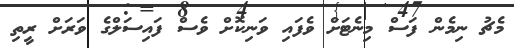
މެޗު ނިމެން ފަސް މިނެޓަށް ވެފައި ވަނިކޮށް ވެސް ފައިސަލްގެ ވަރަށް ރީތި